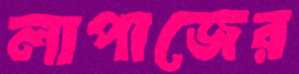
লাপাজের